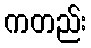
ကတည်း